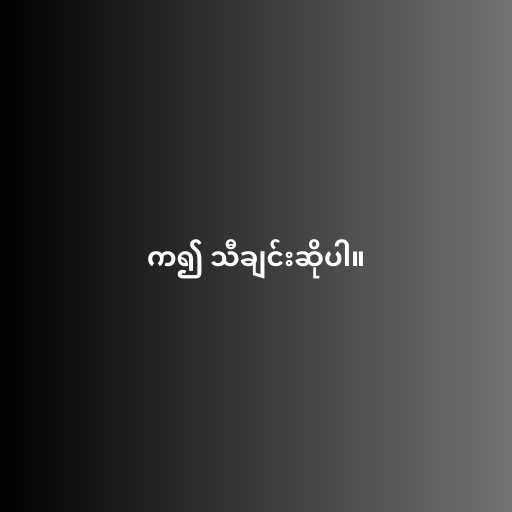
က၍ သီချင်းဆိုပါ။